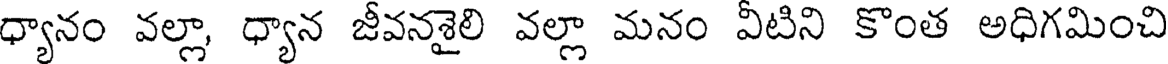
ధ్యానం వల్లా, ధ్యాన జీవనశైలి వల్లా మనం వీటిని కొంత అధిగమించి